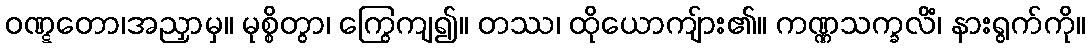
ဝဏ္ဋတော၊အညှာမှ။ မုစ္စိတွာ၊ ကြွေကျ၍။ တဿ၊ ထိုယောကျ်ား၏။ ကဏ္ဏသက္ခလိံ၊ နားရွက်ကို။